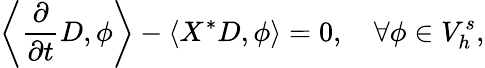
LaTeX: \left\langle\frac{\partial}{\partial t}D,\phi\right\rangle-\left\langle X^{*}D,\phi\right\rangle=0,\quad\forall\phi\in V_{h}^{s},